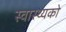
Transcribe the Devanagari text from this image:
स्वास्थ्यको